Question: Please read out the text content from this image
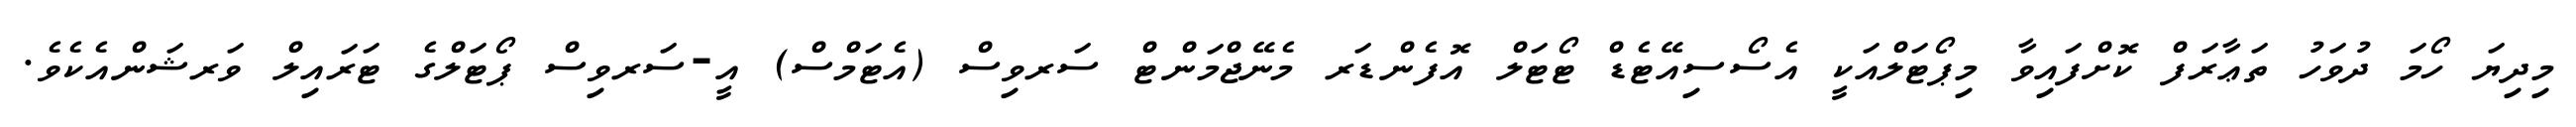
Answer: މިދިޔަ ހޯމަ ދުވަހު ތަޢާރަފް ކޮށްފައިވާ މިޕޯޓަލްއަކީ އެސޯސިއޭޓެޑް ޓޯޓަލް އޮފެންޑަރ މެނޭޖްމަންޓް ސަރވިސް (އެޓަމްސް) އީ-ސަރވިސް ޕޯޓަލްގެ ޓަރައިލް ވަރޝަންއެކެވެ.